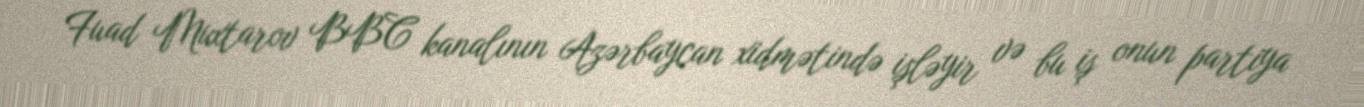
Fuad Muxtarov BBC kanalının Azərbaycan xidmətində işləyir və bu iş onun partiya